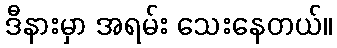
ဒီနားမှာ အရမ်း သေးနေတယ်။